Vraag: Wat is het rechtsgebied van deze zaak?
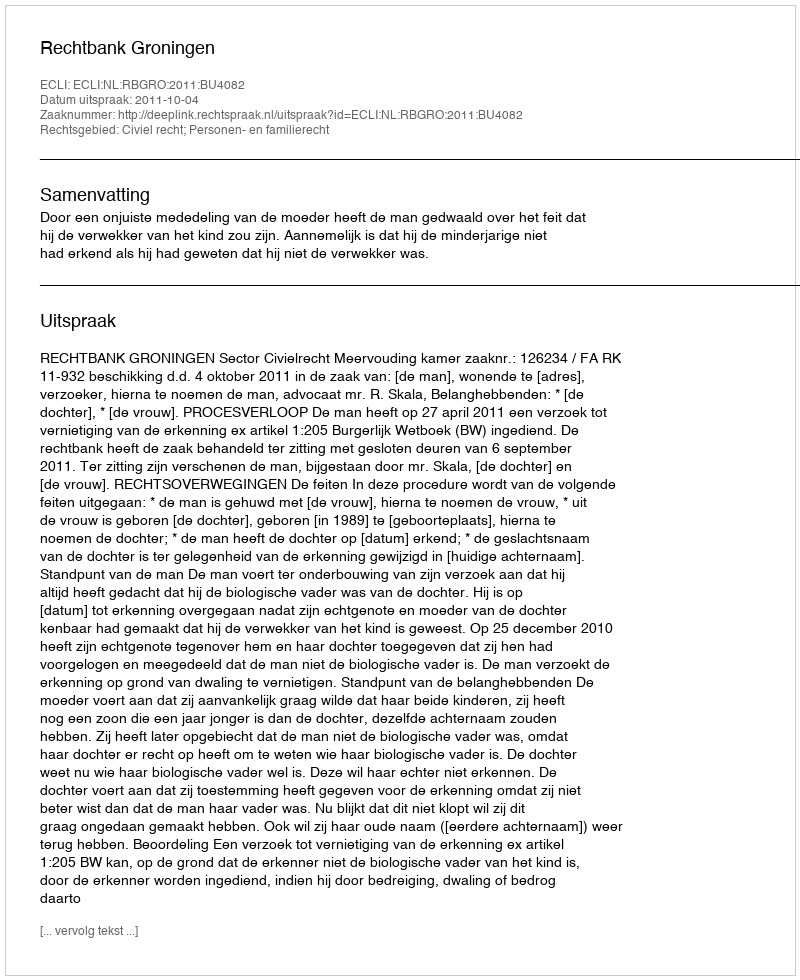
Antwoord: Civiel recht; Personen- en familierecht